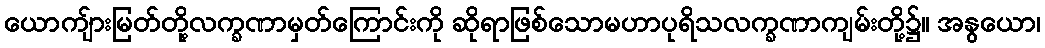
ယောကျ်ားမြတ်တို့လက္ခဏာမှတ်ကြောင်းကို ဆိုရာဖြစ်သောမဟာပုရိသလက္ခဏာကျမ်းတို့၌။ အနွယော၊